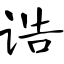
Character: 诰